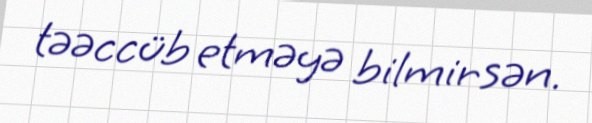
təəccüb etməyə bilmirsən.